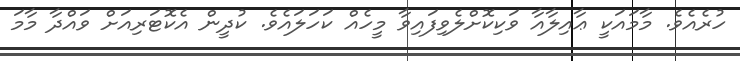
ހުރެއެވެ. މާމައަކީ ޢާއިލާއާ ވަކިކޮށްލެވިފައިވާ މީހެއް ކަހަލައެވެ. ކުދީން އެކޮޓަރިއަށް ވައްދާ މާމަ